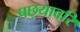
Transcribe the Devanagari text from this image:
पछ्यावरि